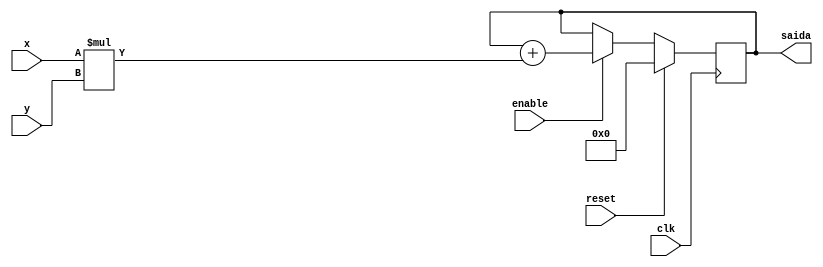
module multv(
    input clk,
    input [9:0] x,
    input [9:0] y,
    input reset,
    input enable,
    output [19:0] saida
);


reg [19:0] acumulador = 0;
assign saida = acumulador;

always @(posedge clk) begin
    if(reset) begin
        acumulador <= 0;
    end
    else begin
        if (enable) begin
            acumulador <= acumulador + (x * y);
        end
//        else begin
  //          acumulador <= acumulador;
    //    end
    end
end



endmodule


module testbench;

    reg clk = 0;
    reg [9:0] x;
    reg [9:0] y;
    reg reset, enable;
    wire [19:0] saida;

    multv M1(clk, x, y, reset, enable, saida);


always #2 clk = ~clk;

initial begin
    $dumpvars;
    #10
    reset <= 1;
    #8
    enable <= 1;
    reset <= 0;
    x <= 1;
    y <= 4;
    #4
    x <= 2;
    y <= 5;
    #4
    x <= 3;
    y <= 6;
    #4
    enable <= 0;
   #100;
    $finish;
end    

endmodule